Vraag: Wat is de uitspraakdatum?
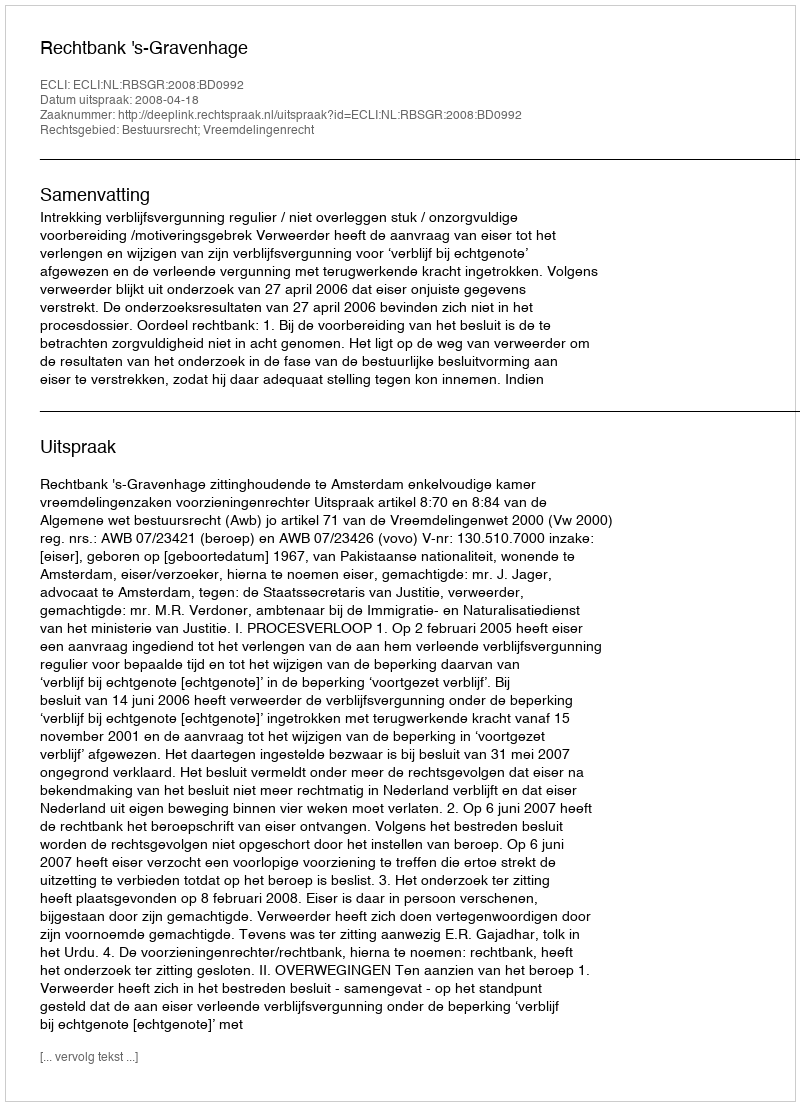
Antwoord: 2008-04-18